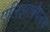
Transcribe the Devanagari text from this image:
एलिझाबेथनेच